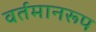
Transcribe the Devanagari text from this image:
वर्तमानरूप